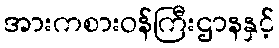
အားကစားဝန်ကြီးဌာနနှင့်